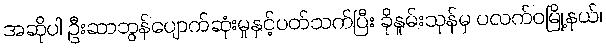
အဆိုပါ ဦးဆာဘွန်ပျောက်ဆုံးမှုနှင့်ပတ်သက်ပြီး ခိုနူမ်းသုန်မှ ပလက်ဝမြို့နယ်၊